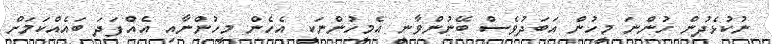
ނުކުޅެދުން ހުންނަ މީހުން އަބަދުވެސް ބޭނުންވާނީ އެމީހުންނަކީ އެހެން މީހުންނާއި އެއްފަދަ ބައެއްކަމަށް